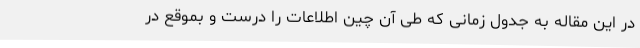
در این مقاله به جدول زمانی که طی آن چین اطلاعات را درست و بموقع در